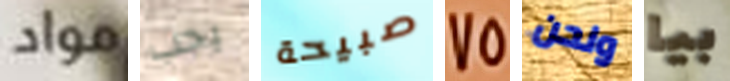
مواد يجب صبيحة 75 ونحن بيا